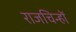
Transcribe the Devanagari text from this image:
राजचिन्हों